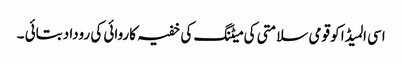
اسی المیڈا کو قومی سلامتی کی میٹنگ کی خفیہ کاروائی کی روداد بتائی ۔